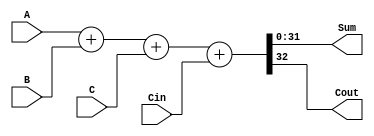
module fullAdder (
    input [31:0] A,  // 32-bit input A
    input [31:0] B,  // 32-bit input B
    input [31:0] C,  // 32-bit input C
    input Cin,       // Carry input
    output [31:0] Sum,  // 32-bit sum output
    output Cout       // Carry output
);

assign {Cout, Sum} = A + B + C + Cin;

endmodule


`timescale 1ns/1ps

module fullAdder_tb;

// Parameters
parameter WIDTH = 32;
parameter ITERATIONS = 10;

// Inputs
reg [WIDTH-1:0] A;
reg [WIDTH-1:0] B;
reg [WIDTH-1:0] C;
reg Cin;

// Outputs
wire [WIDTH-1:0] Sum;
wire Cout;

// Instantiate the module
fullAdder dut (
    .A(A),
    .B(B),
    .C(C),
    .Cin(Cin),
    .Sum(Sum),
    .Cout(Cout)
);

// Clock
reg clk = 0;

// Toggle clock
always #5 clk = ~clk;

// Testbench
initial begin
    $monitor("Time=%0t, A=%b, B=%b, C=%b, Cin=%b, Sum=%b, Cout=%b", $time, A, B, C, Cin, Sum, Cout);
    
    // Randomize inputs and test
    repeat (ITERATIONS) begin
        A = 1;
        B = 3;
        C = 1;
        Cin = 0;
        
        #10; // Wait a bit
        
        // Display result
        $display("Result: Sum=%h, Cout=%b", Sum, Cout);
    end
    
    // End simulation
    $finish;
end

endmodule